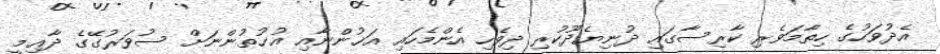
އެދުވަހުގެ ހިތާމަވެރި ކާރިސާގައި ދުނިޔެދޫކުރި ދިވެހި އެންމެހައި އަޚުންނާއި އުޚުތުންނަށް ސުވަރުގޭގެ ދާޢިމީ